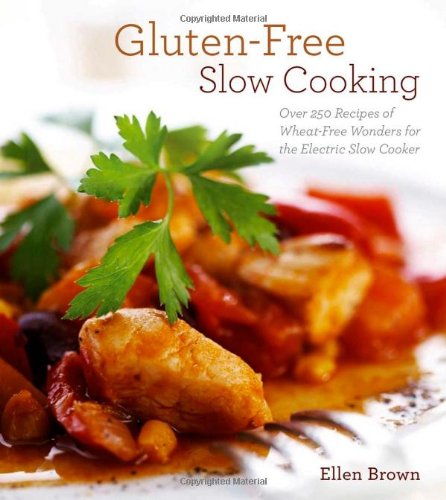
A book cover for Gluten-Free Slow Cooking: Over 250 Recipes of Wheat-Free Wonders for The Electric Slow Cooker; Ellen Brown; Cookbooks, Food & Wine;